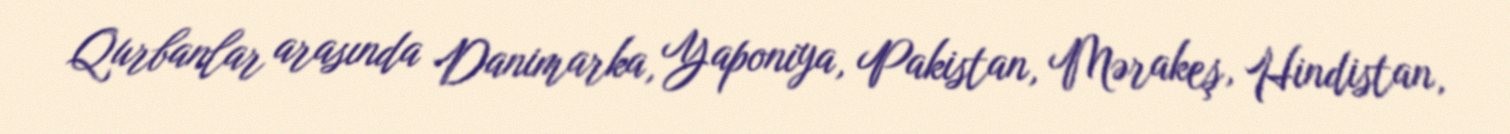
Qurbanlar arasında Danimarka, Yaponiya, Pakistan, Mərakeş, Hindistan,